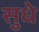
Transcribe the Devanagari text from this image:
सुधे